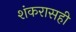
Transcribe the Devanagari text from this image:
शंकरासही